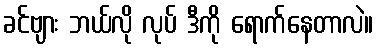
ခင်ဗျား ဘယ်လို လုပ် ဒီကို ရောက်နေတာလဲ။